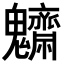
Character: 𩵃